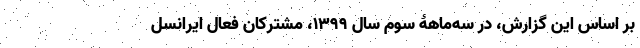
بر اساس این گزارش، در سه‌ماهۀ سوم سال ۱۳۹۹، مشترکان فعال ایرانسل